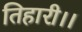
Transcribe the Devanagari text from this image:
तिहारी।।